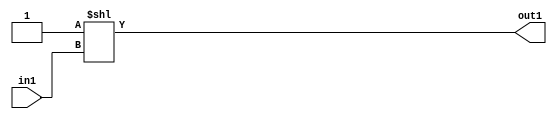
`timescale 1ps / 1ps
/*****************************************************************************
    Verilog RTL Description
    
    
    Created by: Stratus DpOpt 2019.1.01 
*******************************************************************************/

module DC_Filter_DECODE_4U_6_4 (
	in1,
	out1
	); /* architecture "behavioural" */ 
input [1:0] in1;
output [3:0] out1;
wire [3:0] asc001;

assign asc001 = 4'B0001 << in1;

assign out1 = asc001;
endmodule

/* CADENCE  urj0Tg8= : u9/ySgnWtBlWxVPRXgAZ4Og= ** DO NOT EDIT THIS LINE ******/